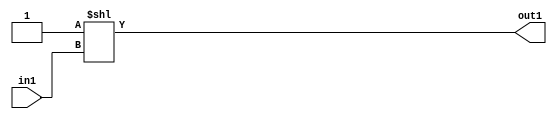
`timescale 1ps / 1ps
/*****************************************************************************
    Verilog RTL Description
    
    
    Created by: Stratus DpOpt 2019.1.01 
*******************************************************************************/

module DC_Filter_DECODE_4U_6_4 (
	in1,
	out1
	); /* architecture "behavioural" */ 
input [1:0] in1;
output [3:0] out1;
wire [3:0] asc001;

assign asc001 = 4'B0001 << in1;

assign out1 = asc001;
endmodule

/* CADENCE  urj0Tg8= : u9/ySgnWtBlWxVPRXgAZ4Og= ** DO NOT EDIT THIS LINE ******/